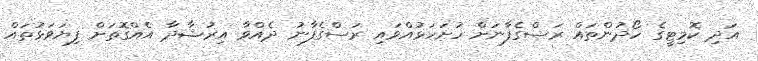
އަދި ކޮމިޓީގެ ހޯދުންތައް ރަސްގެފާނަށް ހުށަހަޅުއްވައި ރަސްގެފާނު ދެއްވާ އިރުޝާދާ އެއްގޮތަށް ފިޔަވަޅުތައް